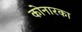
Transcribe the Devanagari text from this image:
कोनारका